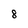
Character: 8